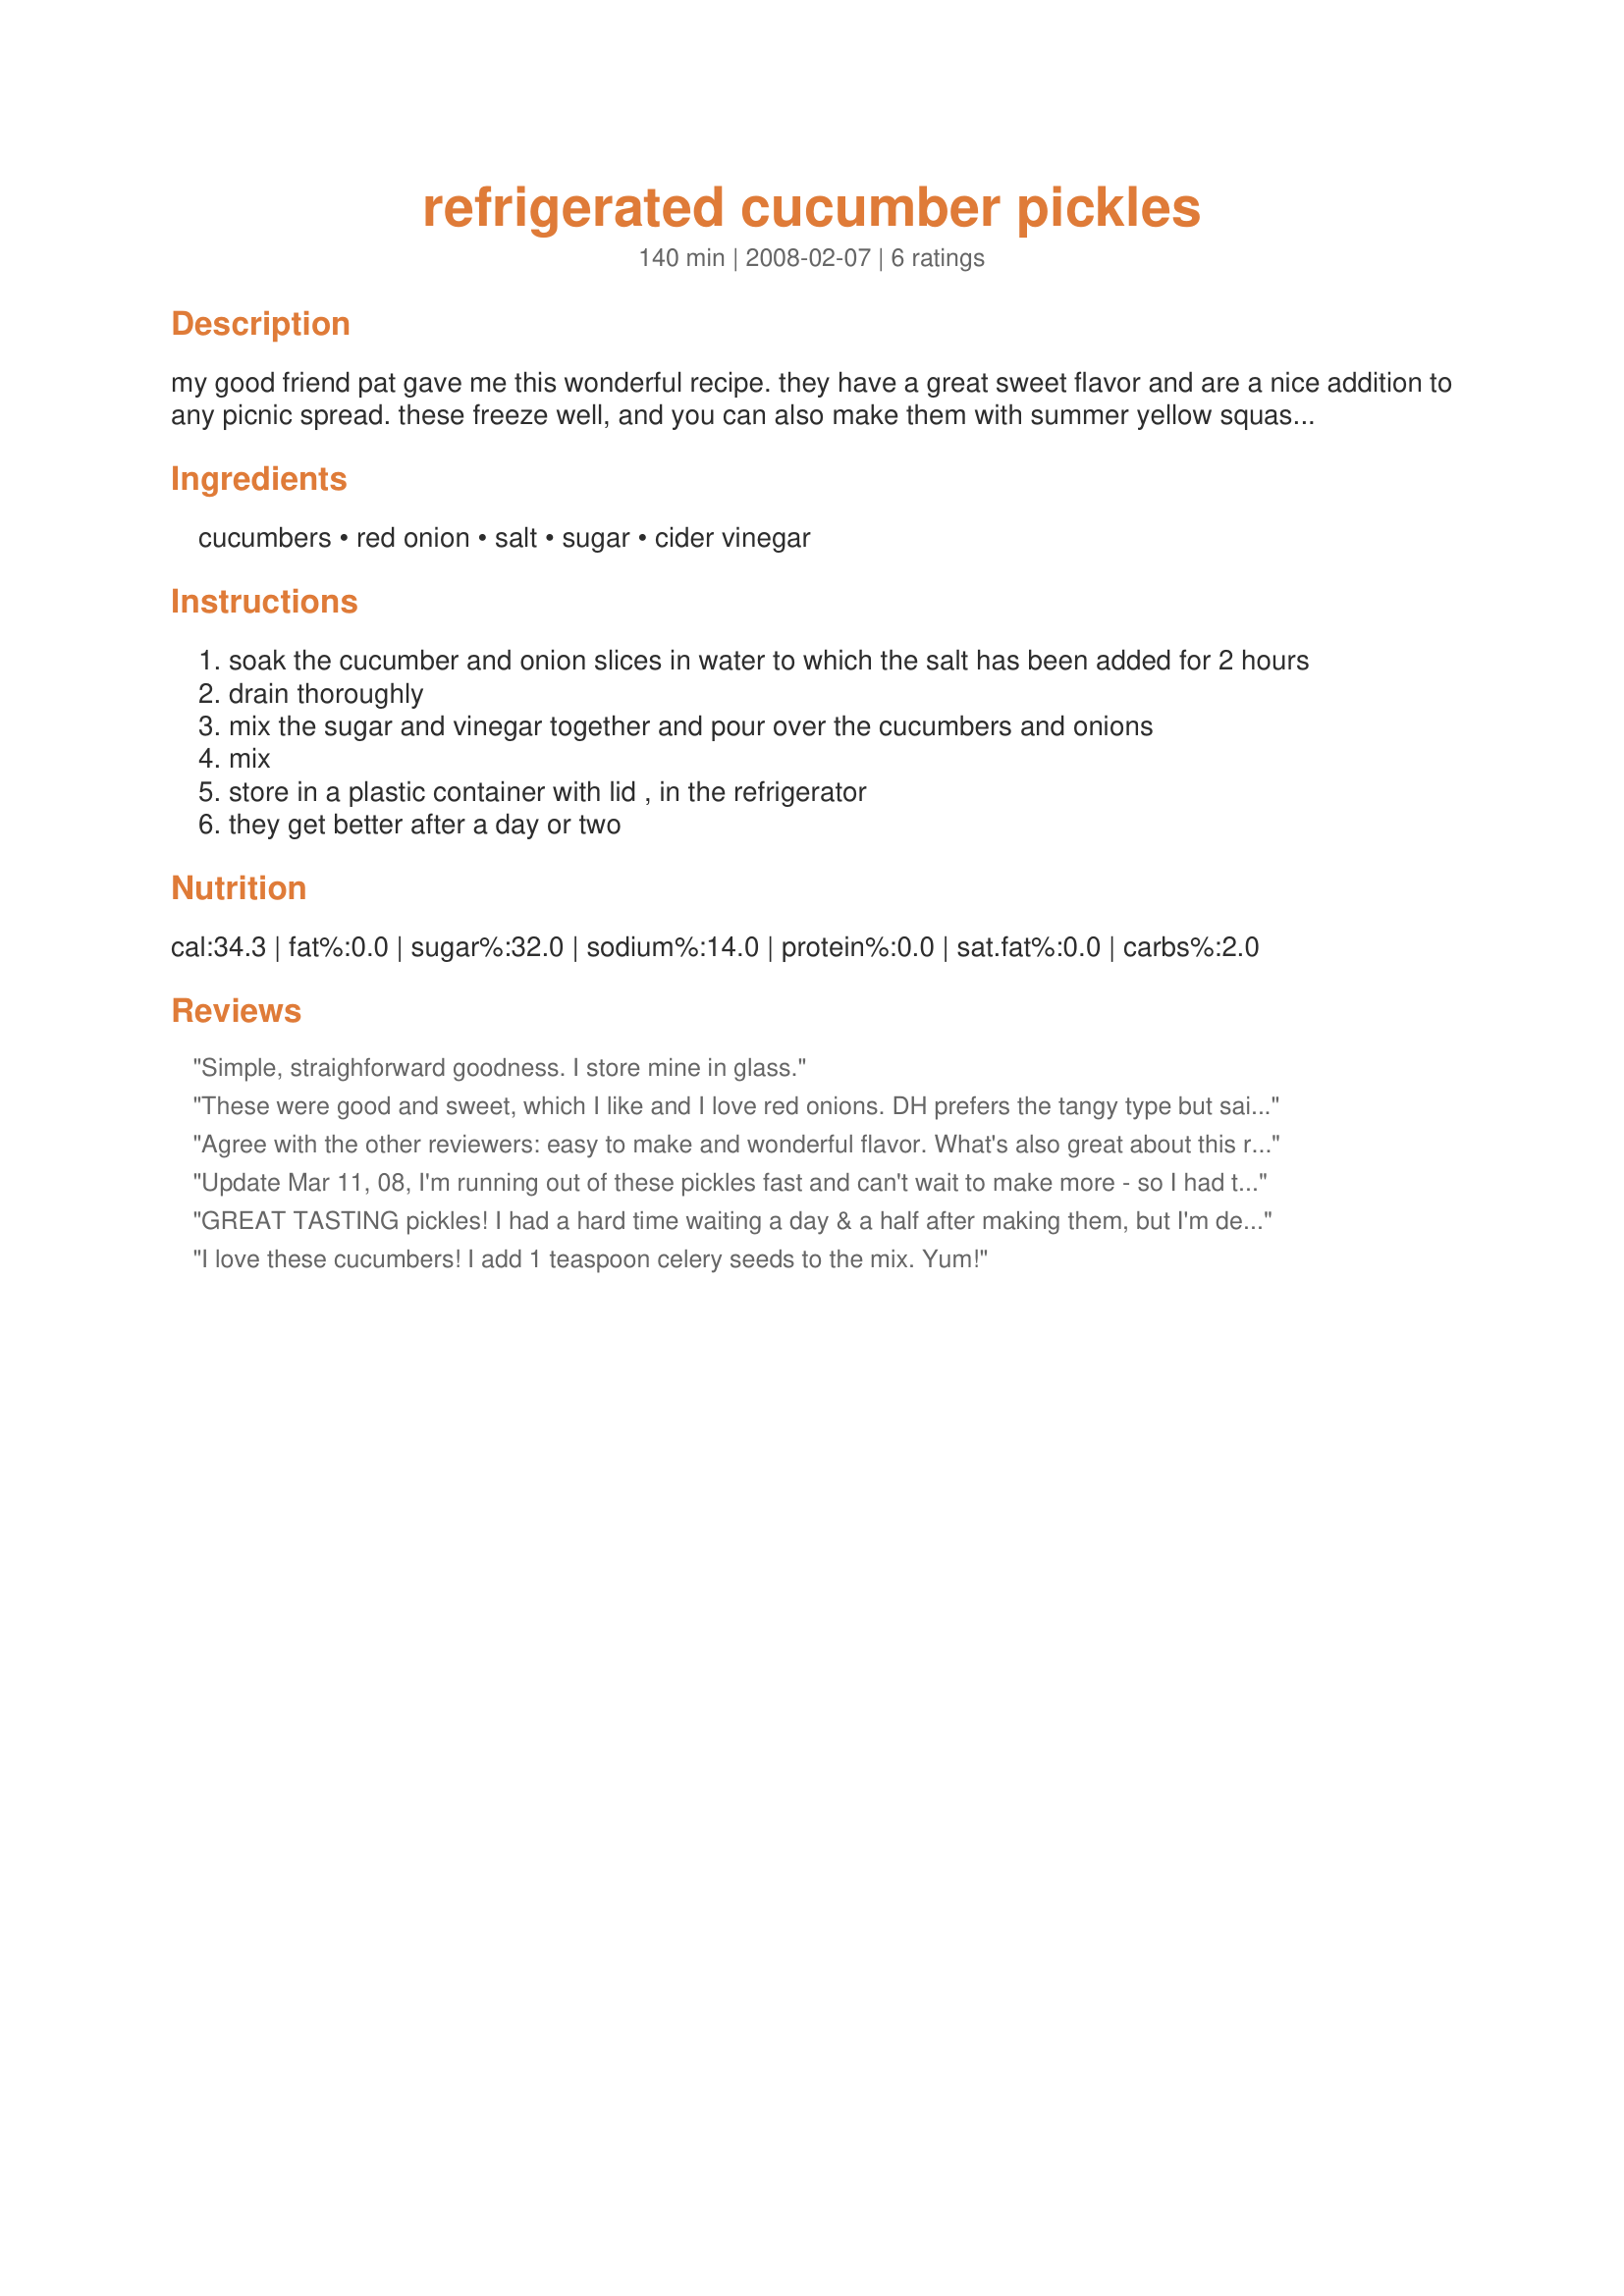
refrigerated cucumber pickles
Preparation time: 140 minutes

my good friend pat gave me this wonderful recipe. they have a great sweet flavor and are a nice addition to any picnic spread. these freeze well, and you can also make them with summer yellow squash, which i don't peel. a great way to "use up" cukes in an exploding vegetable garden.

Ingredients:
cucumbers, red onion, salt, sugar, cider vinegar

Steps:
soak the cucumber and onion slices in water to which the salt has been added for 2 hours
drain thoroughly
mix the sugar and vinegar together and pour over the cucumbers and onions
mix
store in a plastic container with lid , in the refrigerator
they get better after a day or two

Reviews:
Simple, straighforward goodness. I store mine in glass.
These were good and sweet, which I like and I love red onions. DH prefers the tangy type but said they were good. I halved the recipe for us. Made for AUS/NS Recipe Swap #14.
Agree with the other reviewers: easy to make and wonderful flavor. What's also great about this recipe is it has a relatively low salt content and only 8 g sugar per serving ... so someone on a mildly restricted sodium diet could have one ...
Update Mar 11, 08, I'm running out of these pickles fast and can't wait to make more - so I had the idea of topping a salad with these and it tasted great! It was an iceberg/romaine/carrot/red cabbage salad and I topped it with these pickles/onions and didn't need any other dressing. Thanks again! :)
Absolutely fantastic PainterCook! I never thought I could make pickles so easily. I halved this recipe, but found that after slicing up the one cucumber I only had 2 cups worth so was going to cut the recipe ingreds into fourths. then as soon as I thought that I completely forgot and made everything the brine and dressing as if it were for half a batch... oh well lol, I don't see any problems with the results. Made as directed, and I had to stop myself from eathing the entire bowl. Bf has been sick so didn't feel like trying these. They are crisp-crunchy, sweet, tangy, with a bit of a hot bite from the red onion. Tyvm! Made for Aussie/NZ Recipe Swap #14.
GREAT TASTING pickles! I had a hard time waiting a day & a half after making them, but I'm definitely happy with this recipe! As for the freezing part, if I can stay away from them for another day or so, I plan to freeze 'a few' just to see how well they do! Many thanks for this recipe! [Tagged, made & reviewed for one of my teammates in AUS/NZ Recipe Swap, Mar 08]
I love these cucumbers! I add 1 teaspoon celery seeds to the mix. Yum!
